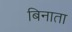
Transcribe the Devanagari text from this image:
बिनाता